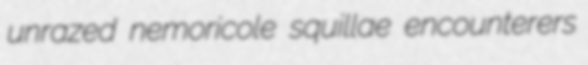
unrazed nemoricole squillae encounterers